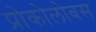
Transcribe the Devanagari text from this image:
प्रोकोलोबस